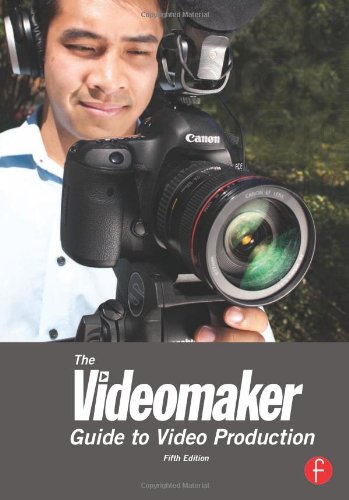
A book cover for The Videomaker Guide to Video Production; Videomaker; Humor & Entertainment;